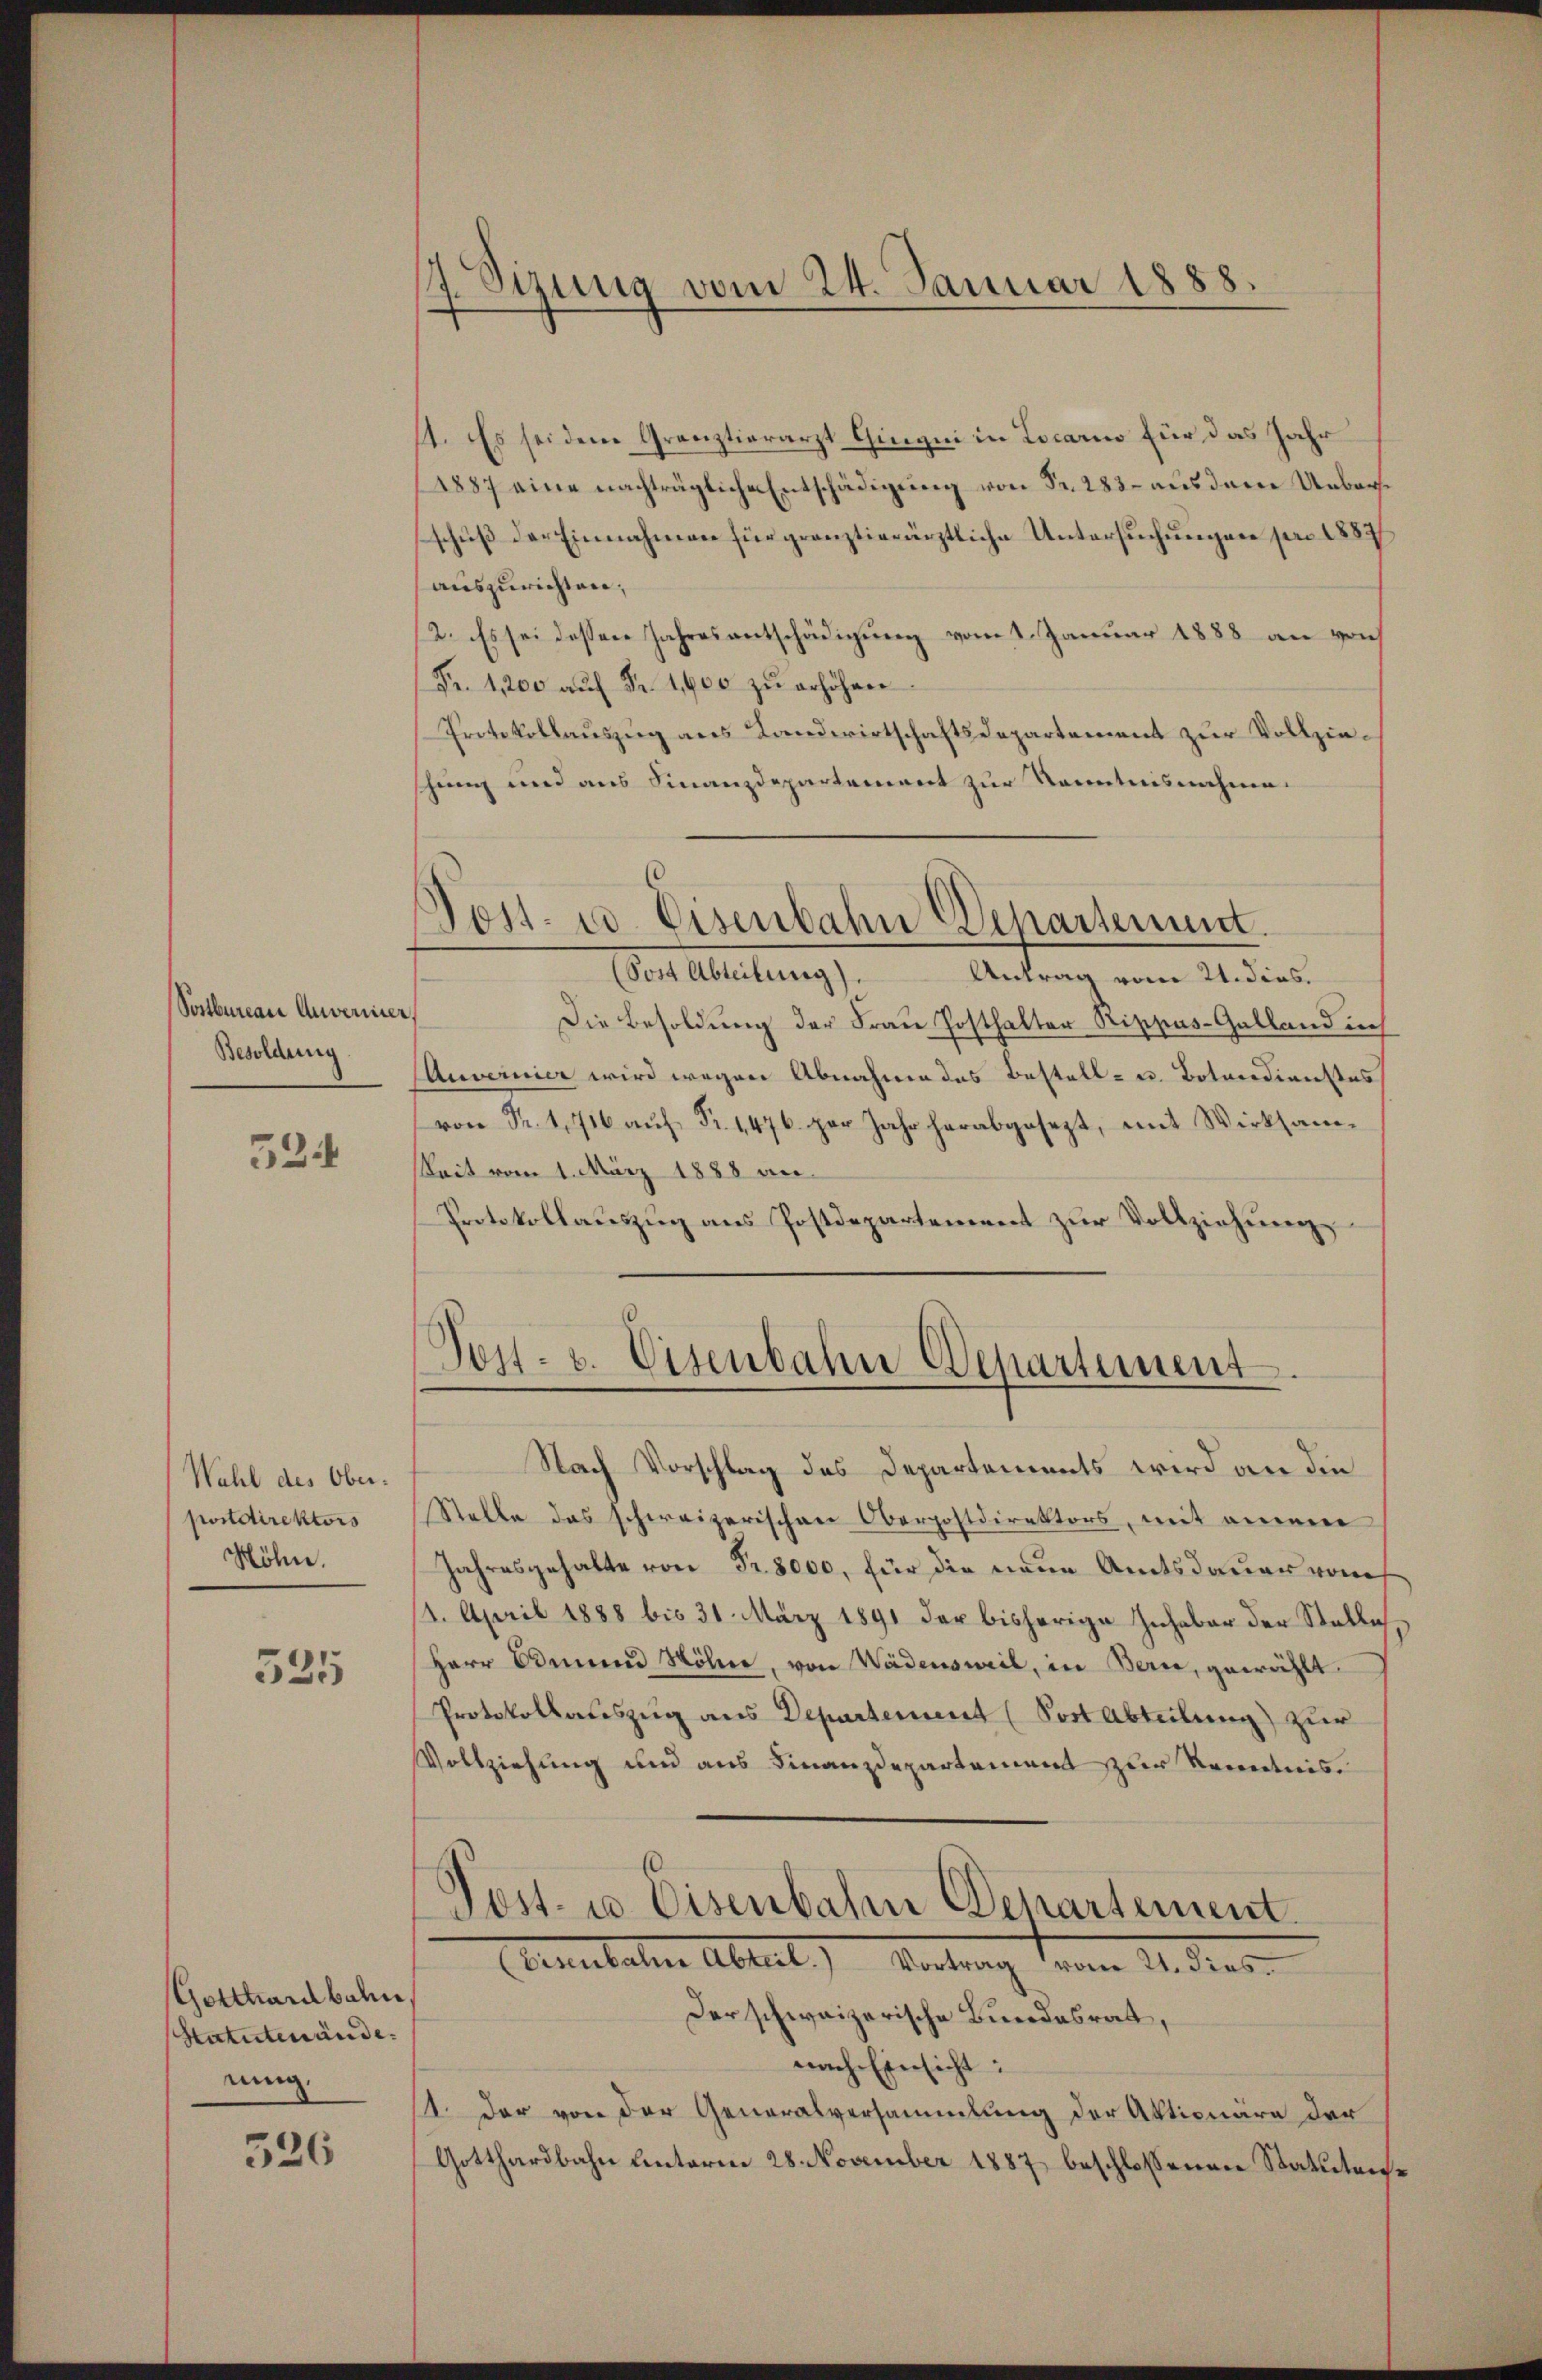
Sostbureau Anvenier
Besoldung

524

Wahl des Oberpostdirektors
Höhn.

525

Gotthardbahn,
Statutenände.
nung.

326

17. Sizung vom 24. Januar 1888.

Post- u. Eisenbahn Departement.

11. Es sei dem Granztierarzt Gingni in Locario für das Jahr
1887 eine nachträgliche Entschädigung von Fr. 283 aus dem Ueberschuß der Einnahmen für gränztierärztliche Untersuchungen pro 1887
auszurichten;
12. Es sei dessen Jahresentschädigung vom 1. Januar 1888 an von
Fr. 1200 aŭf Fr. 1,600 zŭ erhöhen.
Protokollauszug aus Landwirtschaftsdepartement zur Vollzieschung und aus Finanzdepartement zur Kenntnisnahme.
(Sost Abteilung).
Antrag vom 21. dies.
Die Besoldung der Frau Hosthalter Rippas-Galland in
(Auvernier wird wegen Abnahme des Bestell- u. Botendienstes
von Fr. 1716 auf Fr. 1476 per Jahr herabgesezt, mit Wirksam¬
Seit vom 1. März 1888 an.
Protokollauszug aus Postdepartement zur Vollziehung
Post- u. Eisenbahn Departement.
Nach Vorschlag des Departements wird an die
Stelle das schweizerischen Oberpostdirektors, mit einem
Jahresgehalte von Fr. 8000, für die neue Amtsdauer vom
14. April 1888 bis 31. März 1891 der bisherige Inhaber der Stelle
Herr Omen Söhne, von Wädensweil, in Bern, gewählt
Protokollauszug aus Departement (Post Abteilung zur
Vollziehung und aus Finanzdepartement zur Kenntnis
Post- u. Eisenbahn Departement.
Armuteten Abteil) Antrag von 11. dies
Der schweizerische Bundesrat,
nach Einsicht:
1. Der von der Generalversammlung der Aktionäre der
Gotthardbahn unterm 28. November 1887 beschlossenen Statuten